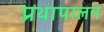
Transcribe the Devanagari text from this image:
प्रथापालन